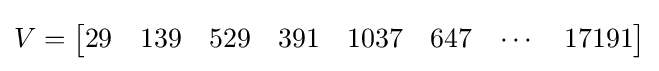
V={\begin{bmatrix}29&139&529&391&1037&647&\cdots &17191\end{bmatrix}}